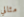
مثالي